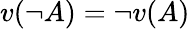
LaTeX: v(\lnot A)=\lnot v(A)